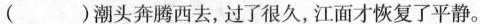
( )潮头奔腾西去，过了很久，江面才恢复了平静。